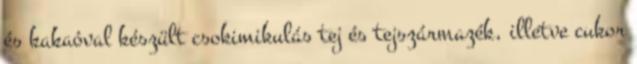
és kakaóval készült csokimikulás tej és tejszármazék, illetve cukor